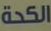
الكحة